Vaccination in Bombay 1869-1873 - 1869-1873
Year: 1869
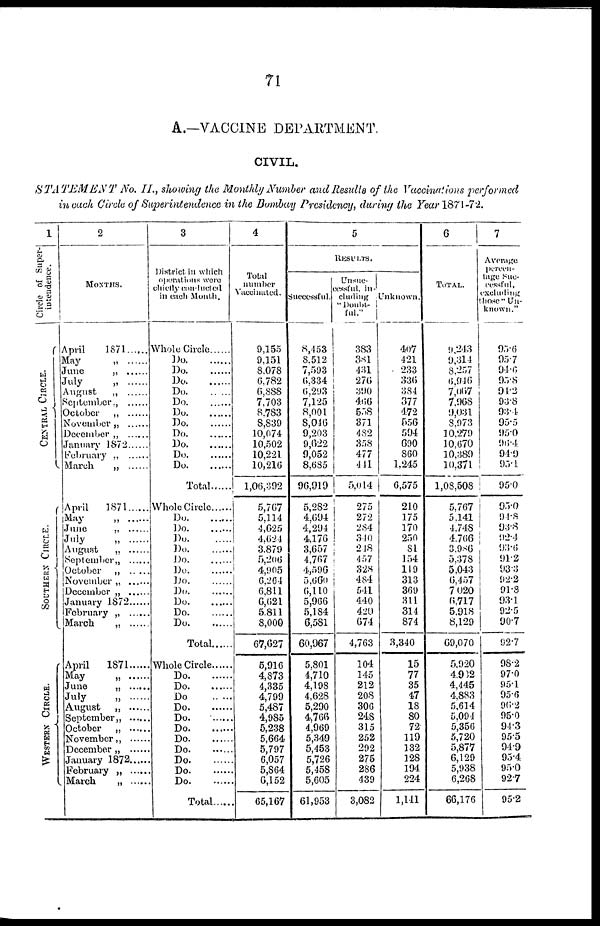
71
A.—VACCINE DEPARTMENT.
CIVIL.
STATEMENT
No. II., showing the Monthly Number and Results of the Vaccinations performed
in each Circle of Superintendence in the Bombay Presidency, during the Year 1871-72.
1
Circle of Super-
intendence.
CENTRAL CIRCLE.
SOUTHERN CIRCLE.
WESTERN CIRCLE.
2
MONTHS.
April
1871
May
„
......
June „ ......
July
„
......
August
„
September „ ......
October „ ......
November „ ......
December „ ......
January 1872
February „
March
„
April
1871
May „ ......
June „
July
„
August „ ......
September „ ......
October „ ......
November „ ......
December „ .......
January 1872 .....
February „
March
„
April
1871
May
„
June „ .......
July
„
August „ .....
September „ .......
October „ .......
November „ .....
December „ .....
January 1872 .....
February „ ......
March „ ......
3
District in which
operations were
chiefly conducted
in each Month.
Whole Circle
Do.
......
Do.
......
Do.
......
Do.
......
Do.
......
Do.
.....
Do
Do.
.....
Do.
.....
Do.
.....
Do. ....
Total......
Whole Circle ....
Do.
.....
Do.
......
Do.
......
Do.
......
Do.
......
Do.
......
Do
Do.
.......
Do.
......
Do.
......
Do. ......
Total ......
Whole Circle
Do.
......
Do.
......
Do. ......
Do.
.......
Do.
Do. .....
Do.
......
Do. .......
Do.
......
Do.
.......
Do.
.......
Total .......
4
Total
number
Vaccinated.
9,155
9,151
8,078
6,782
6,888
7,703
8,783
8,839
10,074
10,502
10,221
10,216
1,06,392
5,767
5,114
4,625
4,624
3,879
5,206
4,905
6,264
6,811
6,621
5,811
8,000
67,027
5,916
4,873
4,335
4,799
5,487
4,985
5,238
5,664
5,797
6,057
5,864
6,152
65,167
5
RESULTS.
Successful.
8,453
8,512
7,593
6,334
6,293
7,125
8,001
8,046
9,203
9,622
9,052
8,685
96,919
5,282
4,694
4,294
4,176
3,657
4,767
4,596
5,660
6,110
5,966
5,184
6,581
60,967
5,801
4,710
4,198
4,628
5,290
4,766
4,969
5,349
5,453
5,726
5,458
5,605
61,953
Unsuc-
cessful, in-
cluding
"Doubt¬
ful."
383
381
431
276
390
466
558
371
482
358
477
441
5,014
275
272
284
340
248
457
328
484
541
440
420
674
4,763
104
145
212
208
306
248
315
252
292
275
286
439
3,082
Unknown.
407
421
233
336
384
377
472
556
594
690
860
1,245
6,575
210
175
170
250
81
154
119
313
369
311
314
874
3,340
15
77
35
47
18
80
72
119
132
128
194
224
1,141
6
TOTAL.
9,243
9,314
8,257
6,946
7,067
7,968
9,031
8,973
10,279
10,670
10,389
10,371
1,08,508
5,767
5,141
4,748
4,766
3,986
5,378
5,043
6,457
7,020
6,717
5,918
8,129
69,070
5,920
4,932
4,445
4,883
5,614
5,094
5,356
5,720
5,877
6,129
5,938
6,268
66,176
7
Average
percen-
tage Suc-
cessful,
excluding
those " Un-
known."
95.6
95.7
94.6
95.8
94.2
93.8
93.4
95.5
95.0
96.4
94.9
95.1
95.0
95.0
94.8
93.8
92.4
93.6
91.2
93.3
92.2
91.8
93.1
92.5
90.7
92.7
9S.2
97.0
95.1
95.6
96.2
95.0
94.3
95.5
94.9
95.4
95.0
92.7
95.2